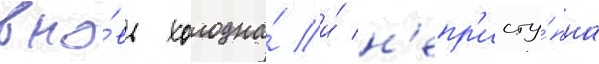
вно́вь холодна́ и́ н'епр'исту́пна